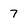
Character: 7